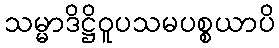
သမ္မာဒိဋ္ဌိဝူပသမပစ္စယာပိ